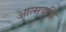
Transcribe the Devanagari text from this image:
आत्मबुद्धि